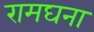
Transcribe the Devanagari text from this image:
रामघना